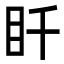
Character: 䀒